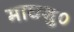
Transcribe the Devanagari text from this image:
माघशु०